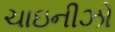
ચાઇનીઝો